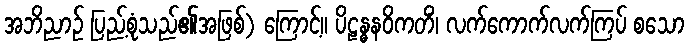
အဘိညာဉ် ပြည့်စုံသည်၏အဖြစ်) ကြောင့်။ ပိဠန္ဓနဝိကတိံ၊ လက်ကောက်လက်ကြပ် စသော